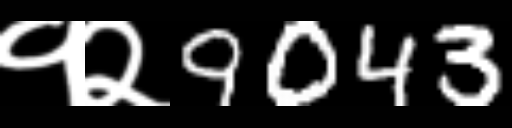
Text: १२9043